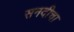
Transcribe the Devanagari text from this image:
सनदीचा